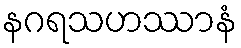
နဂရသဟဿာနံ